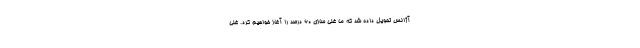
آژانس تحویل داده شد که ما غنی سازی ۶۰ درصد را آغاز خواهیم کرد. غنی